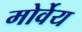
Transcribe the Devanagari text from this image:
मोर्वेय